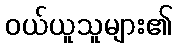
ဝယ်ယူသူများ၏